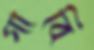
গাবি